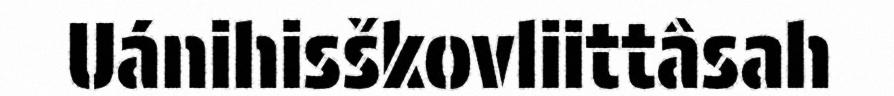
Uánihisškovliittâsah